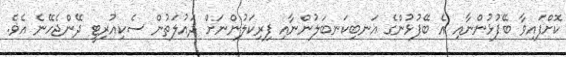
ކޮށްފައިވާ ބޭފުޅުންނާއި އެ ބޭފުޅުންގެ އަނބިކަނބަލުންނާއި ފިރިކަލުންނަށް ދައުލަތުން ސެކިއުރިޓީ ދޭންޖެހޭނެ އެވެ.